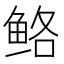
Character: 𱇪